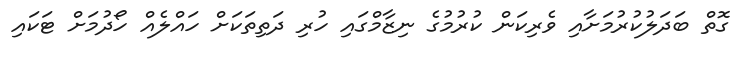
ގޮތް ބަދަލުކުރުމަށާއި ވެރިކަން ކުރުމުގެ ނިޒާމްގައި ހުރި ދަތިތަކަށް ހައްލެއް ހޯދުމަށް ޓަކައި